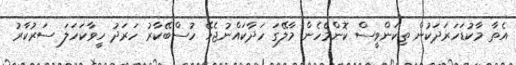
އެތާ މާކުޑަހަރަދަކުން ތިކަންވީސް ކޮންމެހެން މާލޭގަ ހަދާކައްނުޖެހޭ ހުސްބޭކާރު ހަރަދު ހީވާކަހަލަ ސަރުކާރު